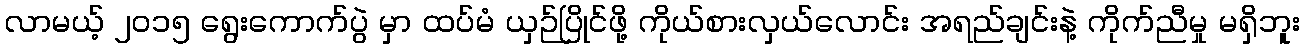
လာမယ့် ၂၀၁၅ ရွေးကောက်ပွဲ မှာ ထပ်မံ ယှဉ်ပြိုင်ဖို့ ကိုယ်စားလှယ်လောင်း အရည်ချင်းနဲ့ ကိုက်ညီမှု မရှိဘူး